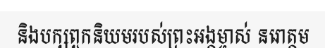
និងបក្សពួកនិយមរបស់ព្រះអង្គម្ចាស់ នរោត្តម